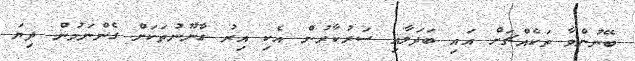
ބޭނުންވާ ތަކެއްޗަށް އައި ބަދަލާއި ސަރުކާރުން އެކި އިރު ގާނޫނުތަކަށް ގެންނަމުން ދިޔަ